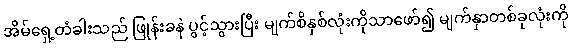
အိမ်ရှေ့တံခါးသည် ဖြုန်းခနဲ ပွင့်သွားပြီး မျက်စိနှစ်လုံးကိုသာဖော်၍ မျက်နှာတစ်ခုလုံးကို